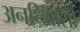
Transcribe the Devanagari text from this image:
अनधिवासी